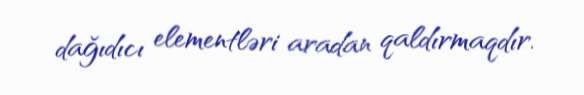
dağıdıcı elementləri aradan qaldırmaqdır.